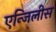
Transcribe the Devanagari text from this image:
एन्जिलीस